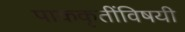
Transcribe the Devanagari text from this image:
पाककृतींविषयी